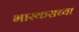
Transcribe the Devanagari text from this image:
भास्कराच्या